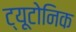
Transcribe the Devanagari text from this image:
ट्यूटोनिक